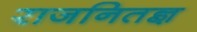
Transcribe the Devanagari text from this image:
राजनितज्ञ